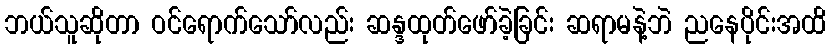
ဘယ်သူဆိုတာ ဝင်ရောက်သော်လည်း ဆန္ဒထုတ်ဖော်ခဲ့ခြင်း ဆရာမနဲ့ဘဲ ညနေပိုင်းအထိ